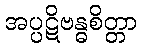
အပ္ပဋိဗန္ဓစိတ္တာ